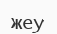
жеу